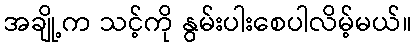
အချို့က သင့်ကို နွမ်းပါးစေပါလိမ့်မယ်။